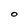
Character: O